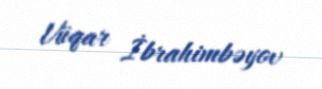
Vüqar İbrahimbəyov